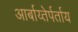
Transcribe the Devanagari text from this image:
आर्बाय्तेर्पर्ताय